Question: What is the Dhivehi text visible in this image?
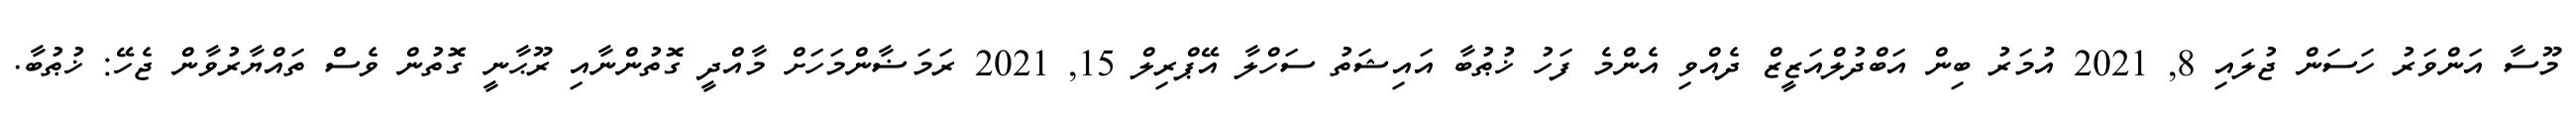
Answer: މޫސާ އަންވަރު ހަސަން ޖުލައި 8, 2021 އުމަރު ބިން އަބްދުލްއަޒީޒް ދެއްވި އެންމެ ފަހު ޚުޠުބާ އައިޝަތު ސަހްލާ އޭޕްރިލް 15, 2021 ރަމަޟާންމަހަށް މާއްދީ ގޮތުންނާއި ރޫޙާނީ ގޮތުން ވެސް ތައްޔާރުވާން ޖެހޭ: ޚުޠުބާ.